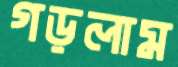
গড়লাম